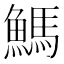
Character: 鰢